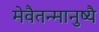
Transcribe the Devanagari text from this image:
मेवैतन्मानुष्यै